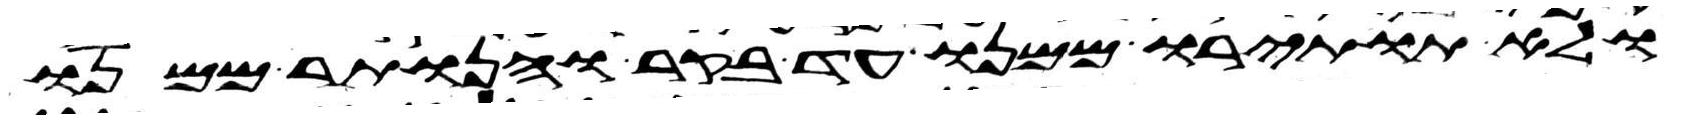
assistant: ולא תותירו ממנו עד בקר והנותר ממנו